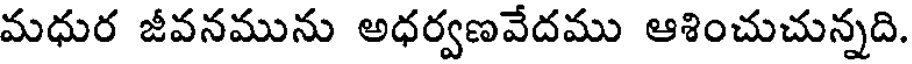
మధుర జీవనమును అధర్వణవేదము ఆశించుచున్నది.